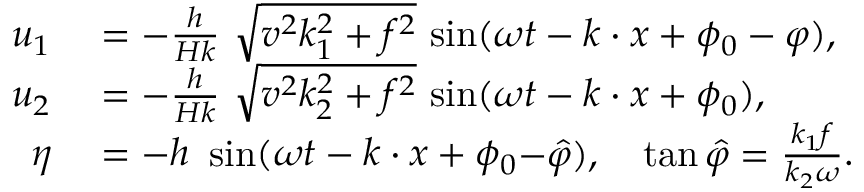
\begin{array} { r l } { u _ { 1 } } & { { } = { - } \frac { h } { H k } \ { \sqrt { v ^ { 2 } k _ { 1 } ^ { 2 } + f ^ { 2 } } } \ { \sin } ( \omega t - k \cdot x + \phi _ { 0 } - \varphi ) , } \\ { u _ { 2 } } & { { } = { - } \frac { h } { H k } \ { \sqrt { v ^ { 2 } k _ { 2 } ^ { 2 } + f ^ { 2 } } } \ { \sin } ( \omega t - k \cdot x + \phi _ { 0 } ) , } \\ { \eta } & { { } = - h \ \sin ( \omega t - k \cdot x + \phi _ { 0 } { - } \hat { \varphi } ) , \quad \tan \hat { \varphi } = \frac { k _ { 1 } f } { k _ { 2 } \omega } . } \end{array}